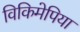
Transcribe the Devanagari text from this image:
विकिमेपिया